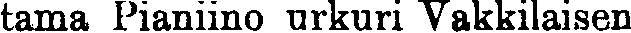
tama Pianiino urkuri Vakkilaisen